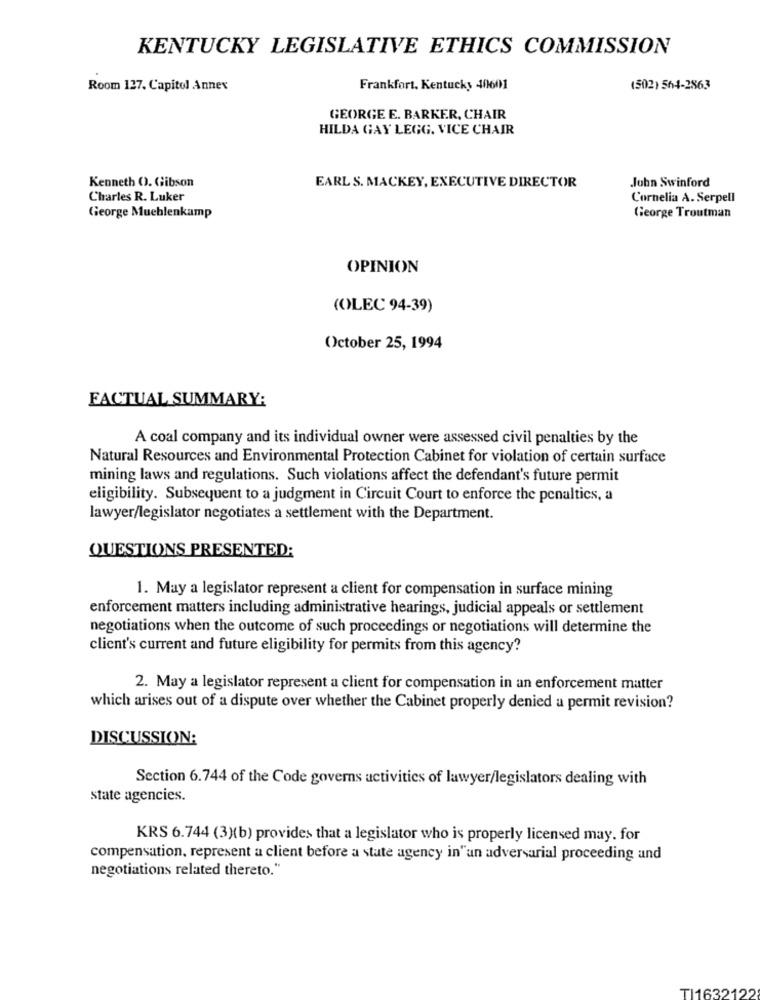
KENTUCKY LEGISLATIVE ETHICS COMMISSION
Room 127. Capitol Annex
Frankfort, Kentucky 40601
(502) 564-2863
GEORGE E. BARKER, CHAIR
HILDA GAY LEGG. VICE CHAIR
EARL S. MACKEY, EXECUTIVE DIRECTOR
Kenneth 0). Gibson
John Swinford
Charles R. Luker
Cornelia A. Serpell
George Muchlenkamp
George Troutman
OPINION
(OLEC 94-39)
October 25, 1994
FACTUAL SUMMARY:
A coal company and its individual owner were assessed civil penalties by the
Natural Resources and Environmental Protection Cabinet for violation of certain surface
mining laws and regulations. Such violations affect the defendant's future permit
eligibility. Subsequent to a judgment in Circuit Court to enforce the penaltics, a
lawyer/legislator negotiates a settlement with the Department.
QUESTIONS PRESENTED:
1. May a legislator represent a client for compensation in surface mining
enforcement matters including administrative hearings, judicial appeals or settlement
negotiations when the outcome of such proceedings or negotiations will determine the
client's current and future eligibility for permits from this agency?
2. May a legislator represent a client for compensation in an enforcement matter
which arises out of a dispute over whether the Cabinet properly denied a permit revision?
DISCUSSION:
Section 6.744 of the Code governs activities of lawyer/legislators dealing with
state agencies.
KRS 6.744 (3)(b) provides that a legislator who is properly licensed may. for
compensation, represent a client before a state agency in"an adversarial proceeding and
negotiations related thereto."
TI1632122